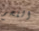
اللحم